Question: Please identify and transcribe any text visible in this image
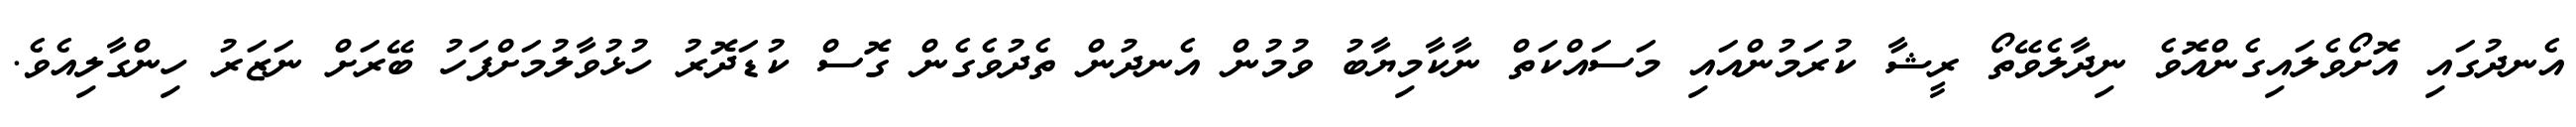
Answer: އެނދުގައި އޮށޯވެލައިގެންއޮވެ ނިދާލެވޭތޯ ރީޝާ ކުރަމުންއައި މަސައްކަތް ނާކާމިޔާބު ވުމުން އެނދުން ތެދުވެގެން ގޮސް ކުޑަދޮރު ހުޅުވާލުމަށްފަހު ބޭރަށް ނަޒަރު ހިންގާލިއެވެ.